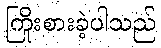
ကြိုးစားခဲ့ပါသည်